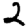
Digit: 2